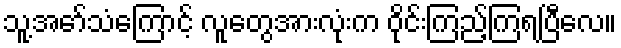
သူ့အော်သံကြောင့် လူတွေအားလုံးက ဝိုင်းကြည့်ကြရပြီလေ။